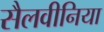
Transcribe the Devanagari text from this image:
सैलवीनिया